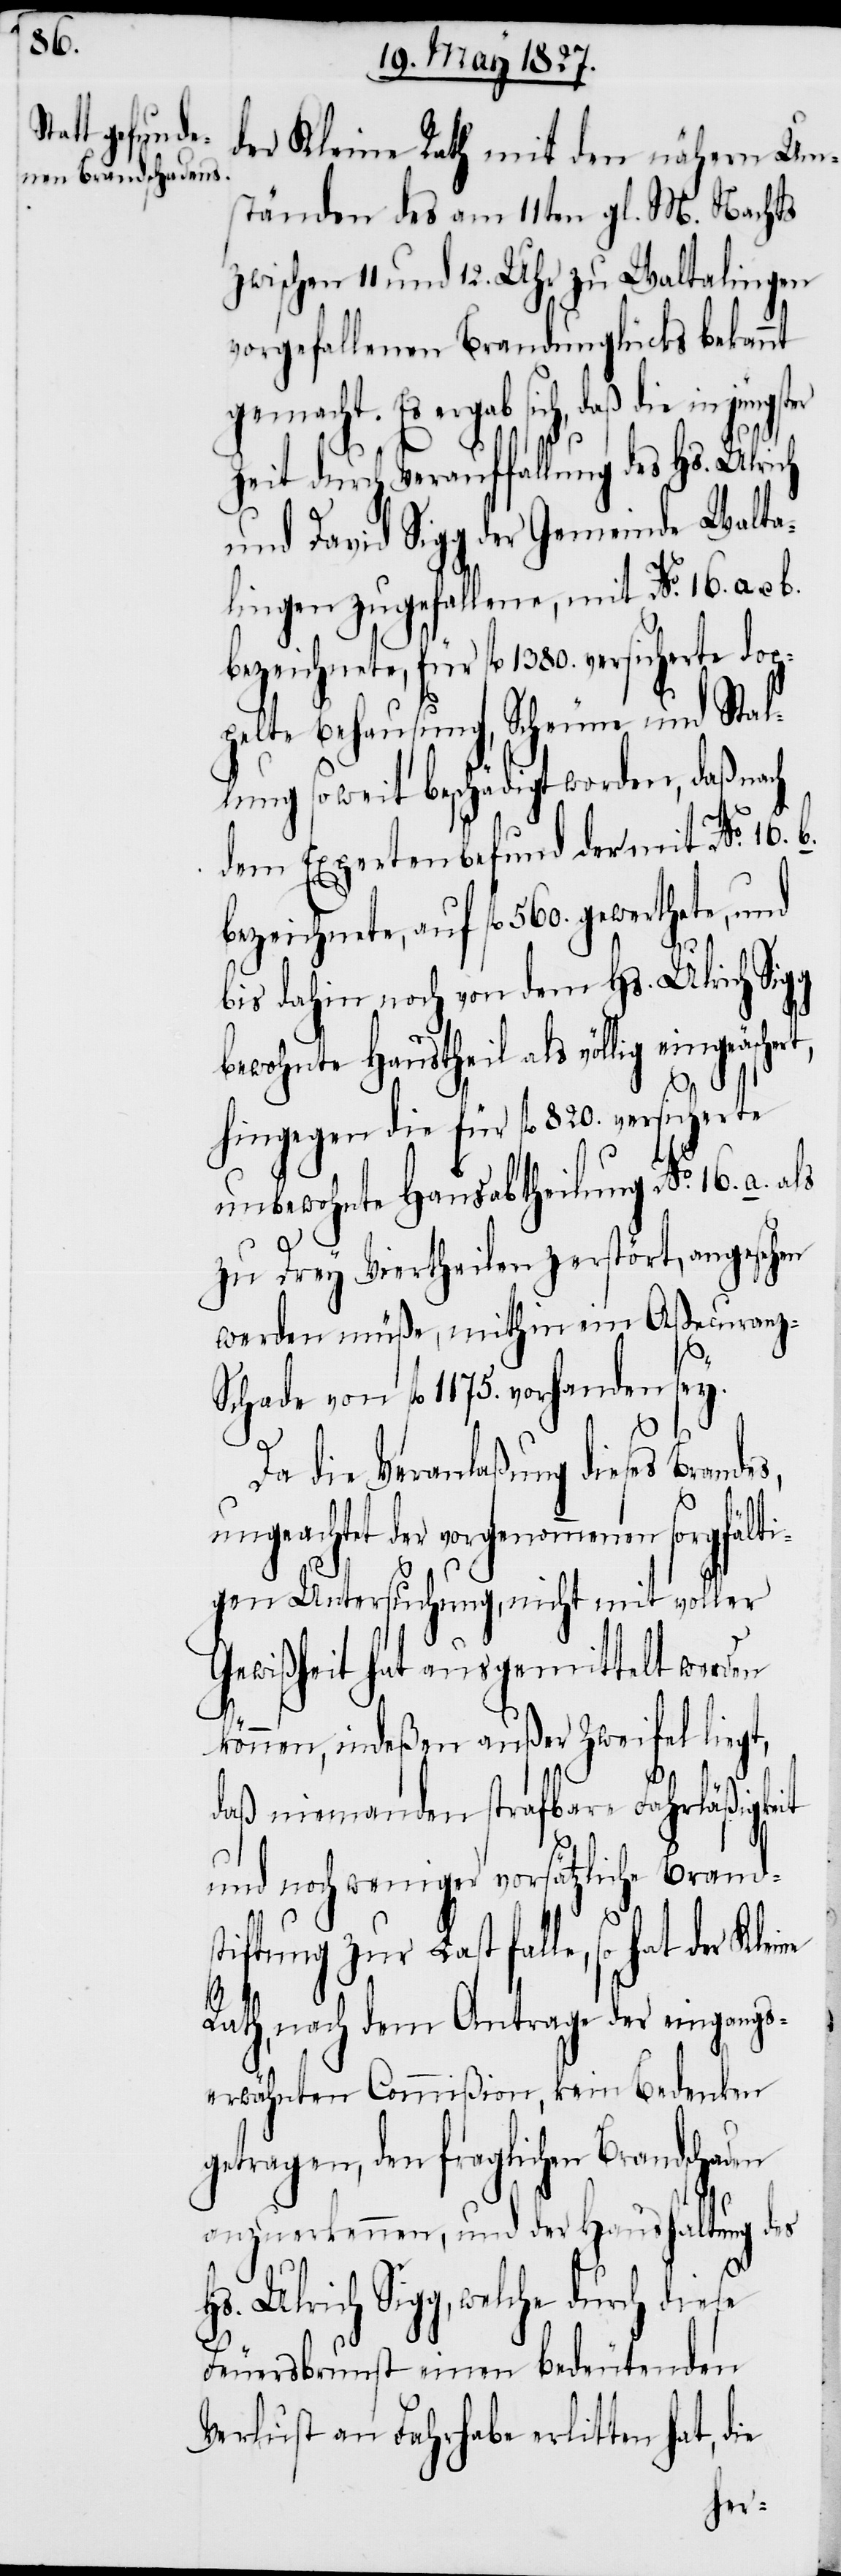
der Kleine Rath mit den nähern Um¬
ständen des am 11ten gl. M. Nachts
zwischen 11 und 12. Uhr zu Waltalingen
vorgefallenen Brandunglücks bekannt
gemacht. Es ergab sich, daß die in
Zeit durch Verauffallung des Hs. Ulrich
und David Sigg der Gemeinde Walta¬
lingen zugefallene, mit No. 16. a. u.
bezeichnete, für fl. 1380. versicherte dop¬
pelte Behausung, Scheune und Stal¬
lung soweit beschädigt worden, daß nach
dem Expertenbefund der mit No. 16.
bezeichnete, auf fl. 560. gewerthete, und
bis dahin noch von dem Hs. Ulrich Sig¬
bewohnte Haustheil als völlig eingeäschert,
hingegen die für fl. 820. versicherte
unbewohnte Hausabtheilung No. 16. a. als
zu Drey Viertheilen zerstört, angesehen
werden müße, mithin ein Aßecuranz-S¬
chade von fl. 1175. vorhanden sey.
ie
Da die Veranlaßung dieses Brandes,
ungeachtet der vorgenommenen sorgfälti¬
gen Untersuchung, nicht mit voller
Gewißheit hat ausgemittelt werden
können, indeßen außer Zweifel liegt,
daß niemanden strafbare Fahrläßigkeit
und noch weniger vorsätzliche Brands¬
Sigg, welche durch diese
Rath, nach dem Antrage der eingangs¬
erwähnten Commißion, kein Bedenken
getragen, den fraglichen Brandschaden
anzuerkennen, und der Haushaltung des
Feuersbrunst einen bedeutenden
Verlust an Fahrhabe erlitten hat, d¬